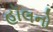
હૉલનો